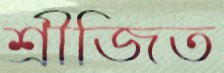
শ্রীজিত